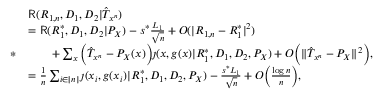
\begin{array} { r l } & { \mathsf { R } ( R _ { 1 , n } , D _ { 1 } , D _ { 2 } | \hat { T } _ { x ^ { n } } ) } \\ & { = \mathsf { R } ( R _ { 1 } ^ { * } , D _ { 1 } , D _ { 2 } | P _ { X } ) - s ^ { * } \frac { L _ { 1 } } { \sqrt { n } } + O ( | R _ { 1 , n } - R _ { 1 } ^ { * } | ^ { 2 } ) } \\ { * } & { \qquad + \sum _ { x } \Big ( \hat { T } _ { x ^ { n } } - P _ { X } ( x ) \Big ) \jmath ( x , g ( x ) | R _ { 1 } ^ { * } , D _ { 1 } , D _ { 2 } , P _ { X } ) + O \Big ( \| \hat { T } _ { x ^ { n } } - P _ { X } \| ^ { 2 } \Big ) , } \\ & { = \frac { 1 } { n } \sum _ { i \in [ n ] } \jmath ( x _ { i } , g ( x _ { i } ) | R _ { 1 } ^ { * } , D _ { 1 } , D _ { 2 } , P _ { X } ) - \frac { s ^ { * } L _ { 1 } } { \sqrt { n } } + O \Big ( \frac { \log n } { n } \Big ) , } \end{array}